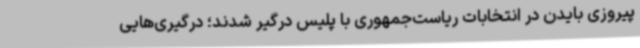
پیروزی بایدن در انتخابات ریاست‌جمهوری با پلیس درگیر شدند؛ درگیری‌هایی